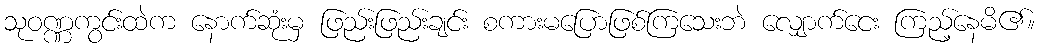
သုဝဏ္ဏကွင်းထဲက နောက်ဆုံးမှ ဖြည်းဖြည်းချင်း စကားမပြောဖြစ်ကြသေးဘဲ လျှောက်ငေး ကြည့်နေမိ၏။